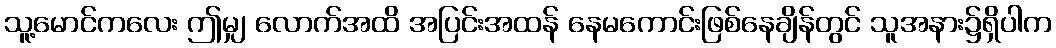
သူ့မောင်ကလေး ဤမျှ လောက်အထိ အပြင်းအထန် နေမကောင်းဖြစ်နေချိန်တွင် သူအနား၌ရှိပါက